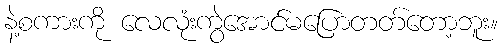
နဲ့စကားကို လေလုံးကွဲအောင်မပြောတတ်တော့ဘူး။